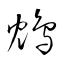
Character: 鴆